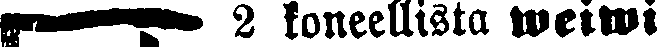
☛ 2 koneellista weiwi